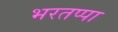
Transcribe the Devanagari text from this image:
भरतप्पा